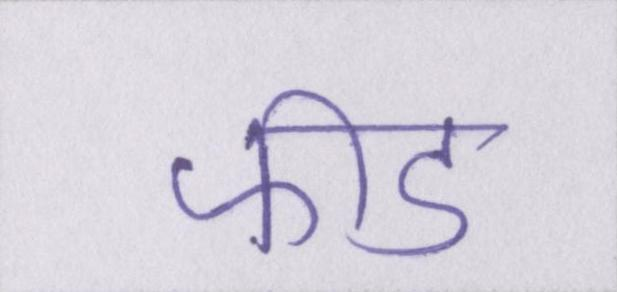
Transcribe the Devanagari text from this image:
फीड